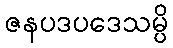
ဇနပဒပဒေသမ္ပိ